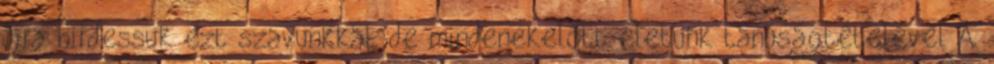
újra hirdessük ezt szavunkkal, de mindenekelőtt életünk tanúságtételével A